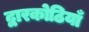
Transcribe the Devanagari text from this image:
द्वारकोठियाँ